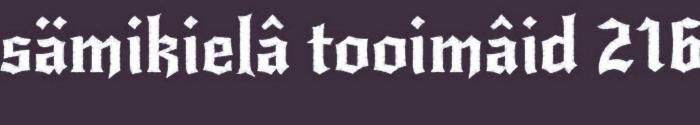
sämikielâ tooimâid 216